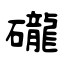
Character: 礲